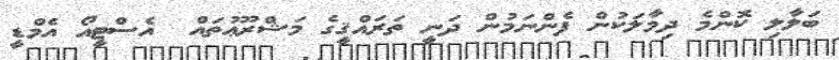
ބަލާލި ކޮންމެ ދިމާލަކުން ފެންނަމުން ދަނީ ތަރައްޤީގެ މަޝްރޫޢުތައް  އެސްޓީއޯ އެމްޑީ